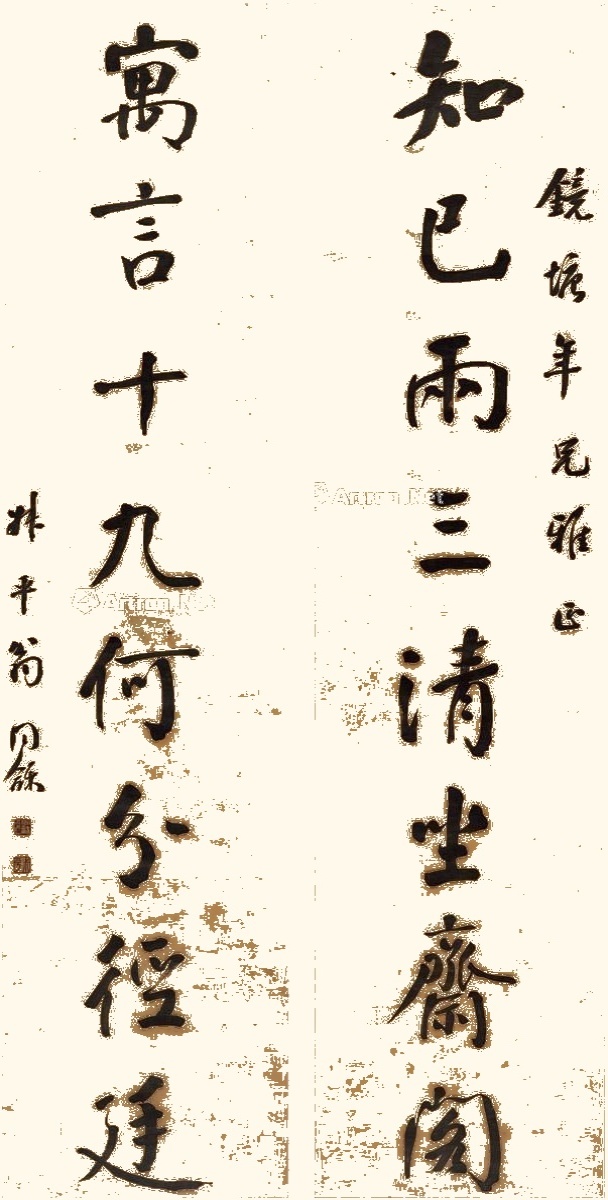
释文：知己两三清坐斋阁，寓言十九何分径廷。镜塘年兄雅正，叔平翁同龢。